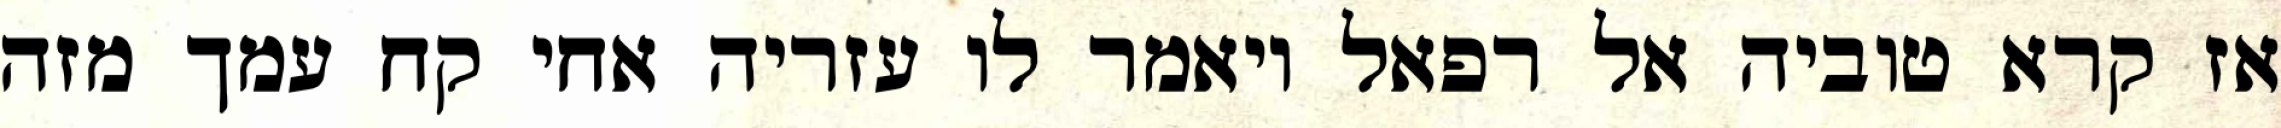
אז קרא טוביה אל רפאל ויאמר לו עזריה אחי קח עמך מזה